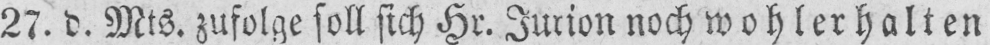
27. d. Mts. zufolge soll sich Hr. Jurion noch wohlerhalten